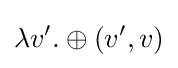
\lambda v'.\oplus \left(v',v\right)